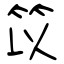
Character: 笖